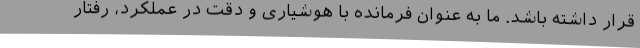
قرار داشته باشد. ما به عنوان فرمانده با هوشیاری و دقت در عملکرد، رفتار